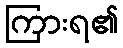
ကြားရ၏